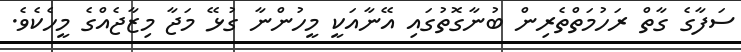
ސަފާގެ ގާތް ރަހުމަތްތެރިން ބުނާގޮތުގައި އޭނާއަކީ މީހުންނާ ގުޅޭ މަޖާ މިޒާޖެއްގެ މީހެކެވެ.